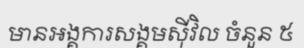
មានអង្គការសង្គមស៊ីវិល ចំនួន ៥